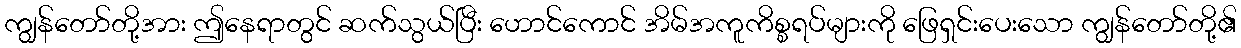
ကျွန်တော်တို့အား ဤနေရာတွင် ဆက်သွယ်ပြီး ဟောင်ကောင် အိမ်အကူကိစ္စရပ်များကို ဖြေရှင်းပေးသော ကျွန်တော်တို့၏